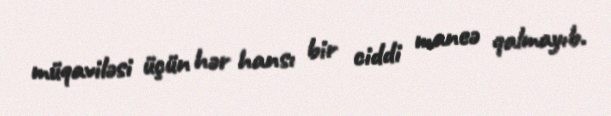
müqaviləsi üçün hər hansı bir ciddi maneə qalmayıb.